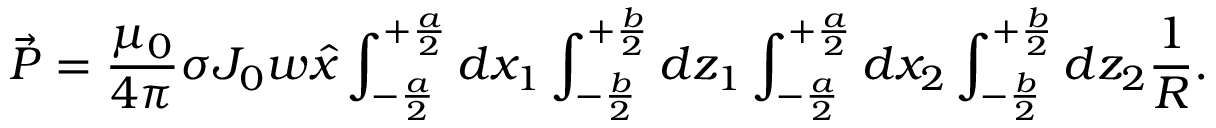
\vec { P } = \frac { \mu _ { 0 } } { 4 \pi } \sigma J _ { 0 } w \hat { x } \int _ { - \frac { a } { 2 } } ^ { + \frac { a } { 2 } } d x _ { 1 } \int _ { - \frac { b } { 2 } } ^ { + \frac { b } { 2 } } d z _ { 1 } \int _ { - \frac { a } { 2 } } ^ { + \frac { a } { 2 } } d x _ { 2 } \int _ { - \frac { b } { 2 } } ^ { + \frac { b } { 2 } } d z _ { 2 } \frac { 1 } { R } .